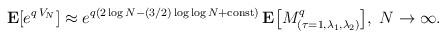
LaTeX: \begin{align*}{\bf E}[e^{q\,V_N}] \approx e^{q(2\log N-(3/2)\log\log N+{\rm const})}\,{\bf E}\bigl[M^q_{(\tau=1,\lambda_1,\lambda_2)}\bigr],\;N\rightarrow\infty.\end{align*}